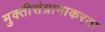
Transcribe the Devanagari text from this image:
मुक्तीसंग्रामाकरता